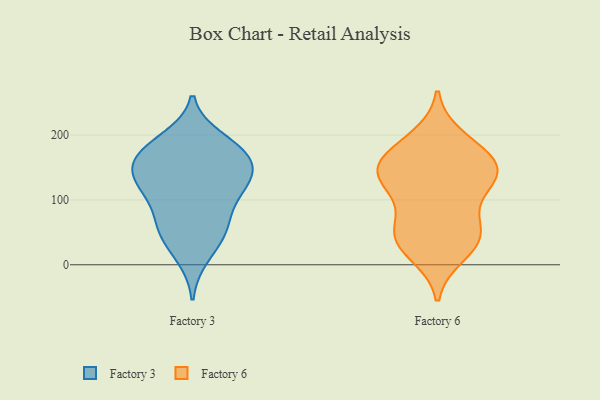
{"axis": {"x": "Conversion Rate (%)", "y": "Value"}, "legend": ["Factory 3", "Factory 6"], "data": [{"x": "", "y": 127, "type": "Factory 3"}, {"x": "", "y": 124, "type": "Factory 3"}, {"x": "", "y": 105, "type": "Factory 3"}, {"x": "", "y": 136, "type": "Factory 3"}, {"x": "", "y": 13, "type": "Factory 3"}, {"x": "", "y": 129, "type": "Factory 3"}, {"x": "", "y": 61, "type": "Factory 3"}, {"x": "", "y": 46, "type": "Factory 3"}, {"x": "", "y": 172, "type": "Factory 3"}, {"x": "", "y": 178, "type": "Factory 3"}, {"x": "", "y": 79, "type": "Factory 3"}, {"x": "", "y": 159, "type": "Factory 3"}, {"x": "", "y": 153, "type": "Factory 3"}, {"x": "", "y": 49, "type": "Factory 3"}, {"x": "", "y": 178, "type": "Factory 3"}, {"x": "", "y": 193, "type": "Factory 3"}, {"x": "", "y": 142, "type": "Factory 6"}, {"x": "", "y": 48, "type": "Factory 6"}, {"x": "", "y": 33, "type": "Factory 6"}, {"x": "", "y": 138, "type": "Factory 6"}, {"x": "", "y": 48, "type": "Factory 6"}, {"x": "", "y": 45, "type": "Factory 6"}, {"x": "", "y": 133, "type": "Factory 6"}, {"x": "", "y": 79, "type": "Factory 6"}, {"x": "", "y": 17, "type": "Factory 6"}, {"x": "", "y": 173, "type": "Factory 6"}, {"x": "", "y": 174, "type": "Factory 6"}, {"x": "", "y": 148, "type": "Factory 6"}, {"x": "", "y": 195, "type": "Factory 6"}, {"x": "", "y": 143, "type": "Factory 6"}, {"x": "", "y": 120, "type": "Factory 6"}]}